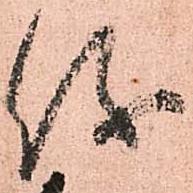
儀